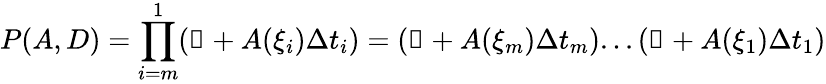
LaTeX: P(A,D)=\prod_{i=m}^{1}(\mathbb{1}+A(\xi_{i})\Delta t_{i})=(\mathbb{1}+A(\xi_{m})\Delta t_{m})...(\mathbb{1}+A(\xi_{1})\Delta t_{1})